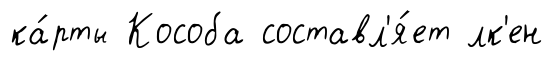
ка́рты Кособа составл'я́ет лк'ен